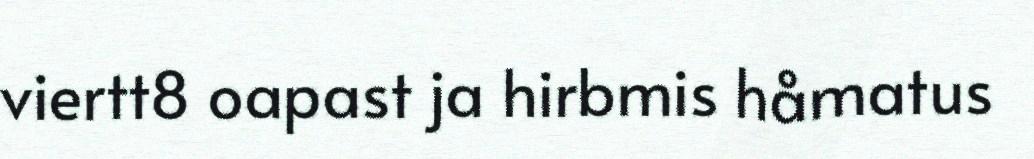
viertt8 oapast ja hirbmis håmatus